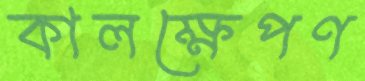
কালক্ষেপণ